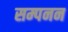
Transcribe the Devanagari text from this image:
सम्पनन